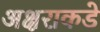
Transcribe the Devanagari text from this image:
अक्षराकडे